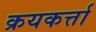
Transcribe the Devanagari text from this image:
क्रयकर्त्ता